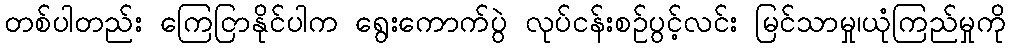
တစ်ပါတည်း ကြေငြာနိုင်ပါက ရွေးကောက်ပွဲ လုပ်ငန်းစဉ်ပွင့်လင်း မြင်သာမှု၊ယုံကြည်မှုကို